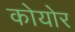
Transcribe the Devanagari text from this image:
कोयोर